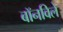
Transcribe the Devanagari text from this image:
बॉनविले